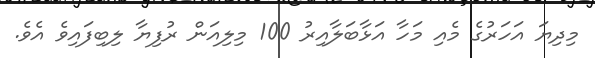
މިދިޔަ އަހަރުގެ މެއި މަހާ އަޅާބަލާއިރު 100 މިލިއަން ރުފިޔާ ލިބިފައިވެ އެވެ.